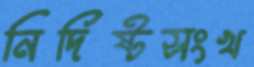
নির্দিষ্টসংখ